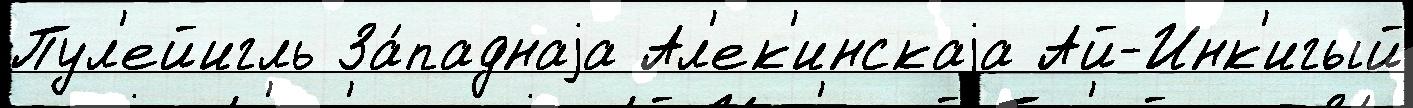
Пул'ейигль За́паднаjа Ал'ек'инскаjа Ай-Инк'игый